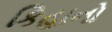
કિહાનો